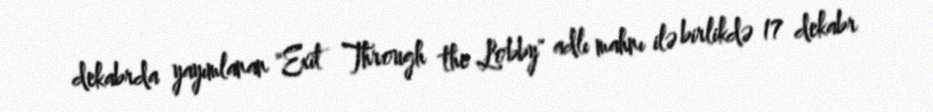
dekabrda yayımlanan "Exit Through the Lobby" adlı mahnı ilə birlikdə 17 dekabr